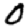
Digit: 0